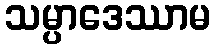
သမ္ပာဒေဿာမ